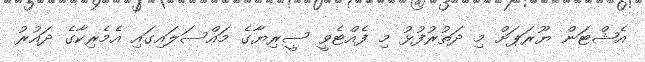
އެޝްޓަން ޔޫރަޕަށް މި ދަތުރުފުޅު މި ފެއްޓެވީ ސީރިޔާގެ މައްސަލައިގައި އެމެރިކާގެ ދައުރު